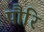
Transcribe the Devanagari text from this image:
पौरि